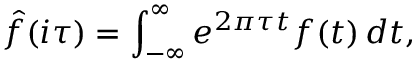
{ \hat { f } } ( i \tau ) = \int _ { - \infty } ^ { \infty } e ^ { 2 \pi \tau t } f ( t ) \, d t ,